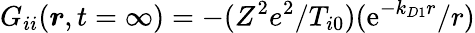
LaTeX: G_{ii}(\boldsymbol{r},t=\infty)=-(Z^{2}e^{2}/T_{i0})(\mathrm{e}^{-k_{D1}r}/r)